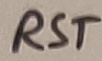
Text: RST